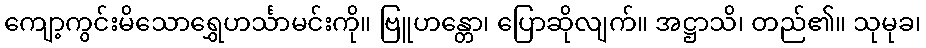
ကျော့ကွင်းမိသောရွှေဟင်္သာမင်းကို။ ဗြူဟန္တော၊ ပြောဆိုလျက်။ အဋ္ဌာသိ၊ တည်၏။ သုမုခ၊